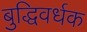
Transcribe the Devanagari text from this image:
बुद्धिवर्धक